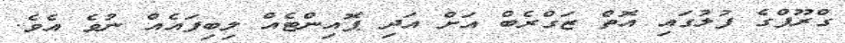
ގްރޫޕްގެ ފުލުގައި އޮތް ޒަގްރެބް އަށް އަދި ޕޮއިންޓެއް ލިބިފައެއް ނުވެ އެވެ.